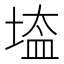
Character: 𡎌